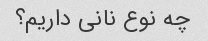
چه نوع نانی داریم؟